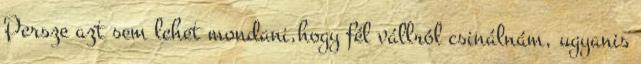
Persze azt sem lehet mondani,hogy fél vállról csinálnám, ugyanis